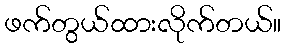
ဖက်တွယ်ထားလိုက်တယ်။